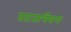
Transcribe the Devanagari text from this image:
घटनाचित्रण